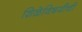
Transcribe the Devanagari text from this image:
शिळेविषयीची